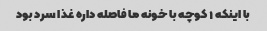
با اینکه ۱ کوچه با خونه ما فاصله داره غذا سرد بود